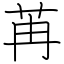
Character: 苒